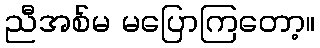
ညီအစ်မ မပြောကြတော့။